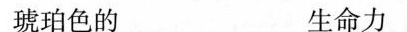
琥珀色的 生命力